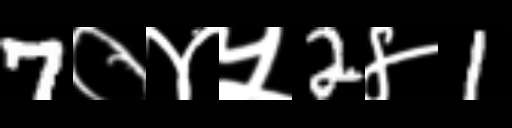
Text: 7०४५2४1